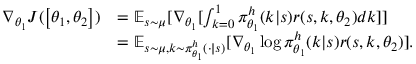
\begin{array} { r l } { \nabla _ { \theta _ { 1 } } J ( \left[ \theta _ { 1 } , \theta _ { 2 } \right] ) } & { = \mathbb { E } _ { s \sim \mu } [ \nabla _ { \theta _ { 1 } } [ \int _ { k = 0 } ^ { 1 } \pi _ { \theta _ { 1 } } ^ { h } ( k | s ) r ( s , k , \theta _ { 2 } ) d k ] ] } \\ & { = \mathbb { E } _ { s \sim \mu , k \sim \pi _ { \theta _ { 1 } } ^ { h } ( \cdot | s ) } [ \nabla _ { \theta _ { 1 } } \log \pi _ { \theta _ { 1 } } ^ { h } ( k | s ) r ( s , k , \theta _ { 2 } ) ] . } \end{array}